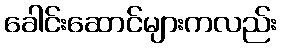
ခေါင်းဆောင်များကလည်း